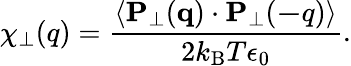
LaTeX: \chi_{\perp}(q)=\frac{\langle{\mathbf P}_{\perp}({\mathbf q})\cdot{\mathbf P}_{\perp}({\mathbf-q})\rangle}{2k_{\mathrm{B}}T\epsilon_{0}}.